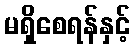
မရှိစေရန်နှင့်